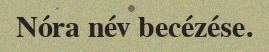
Nóra név becézése.